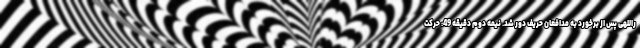
راللهی پس از برخورد به مدافعان حریف دور شد. نیمه دوم دقیقه 49: حرکت